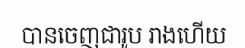
បានចេញជារូប រាងហើយ